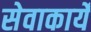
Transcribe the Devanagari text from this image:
सेवाकार्ये